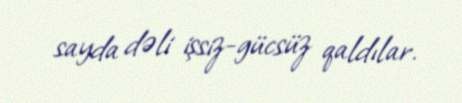
sayda dəli işsiz-gücsüz qaldılar.